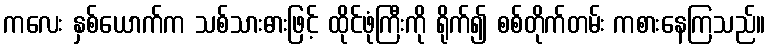
ကလေး နှစ်ယောက်က သစ်သားဓားဖြင့် ထိုင်ဖုံကြီးကို ရိုက်၍ စစ်တိုက်တမ်း ကစားနေကြသည်။